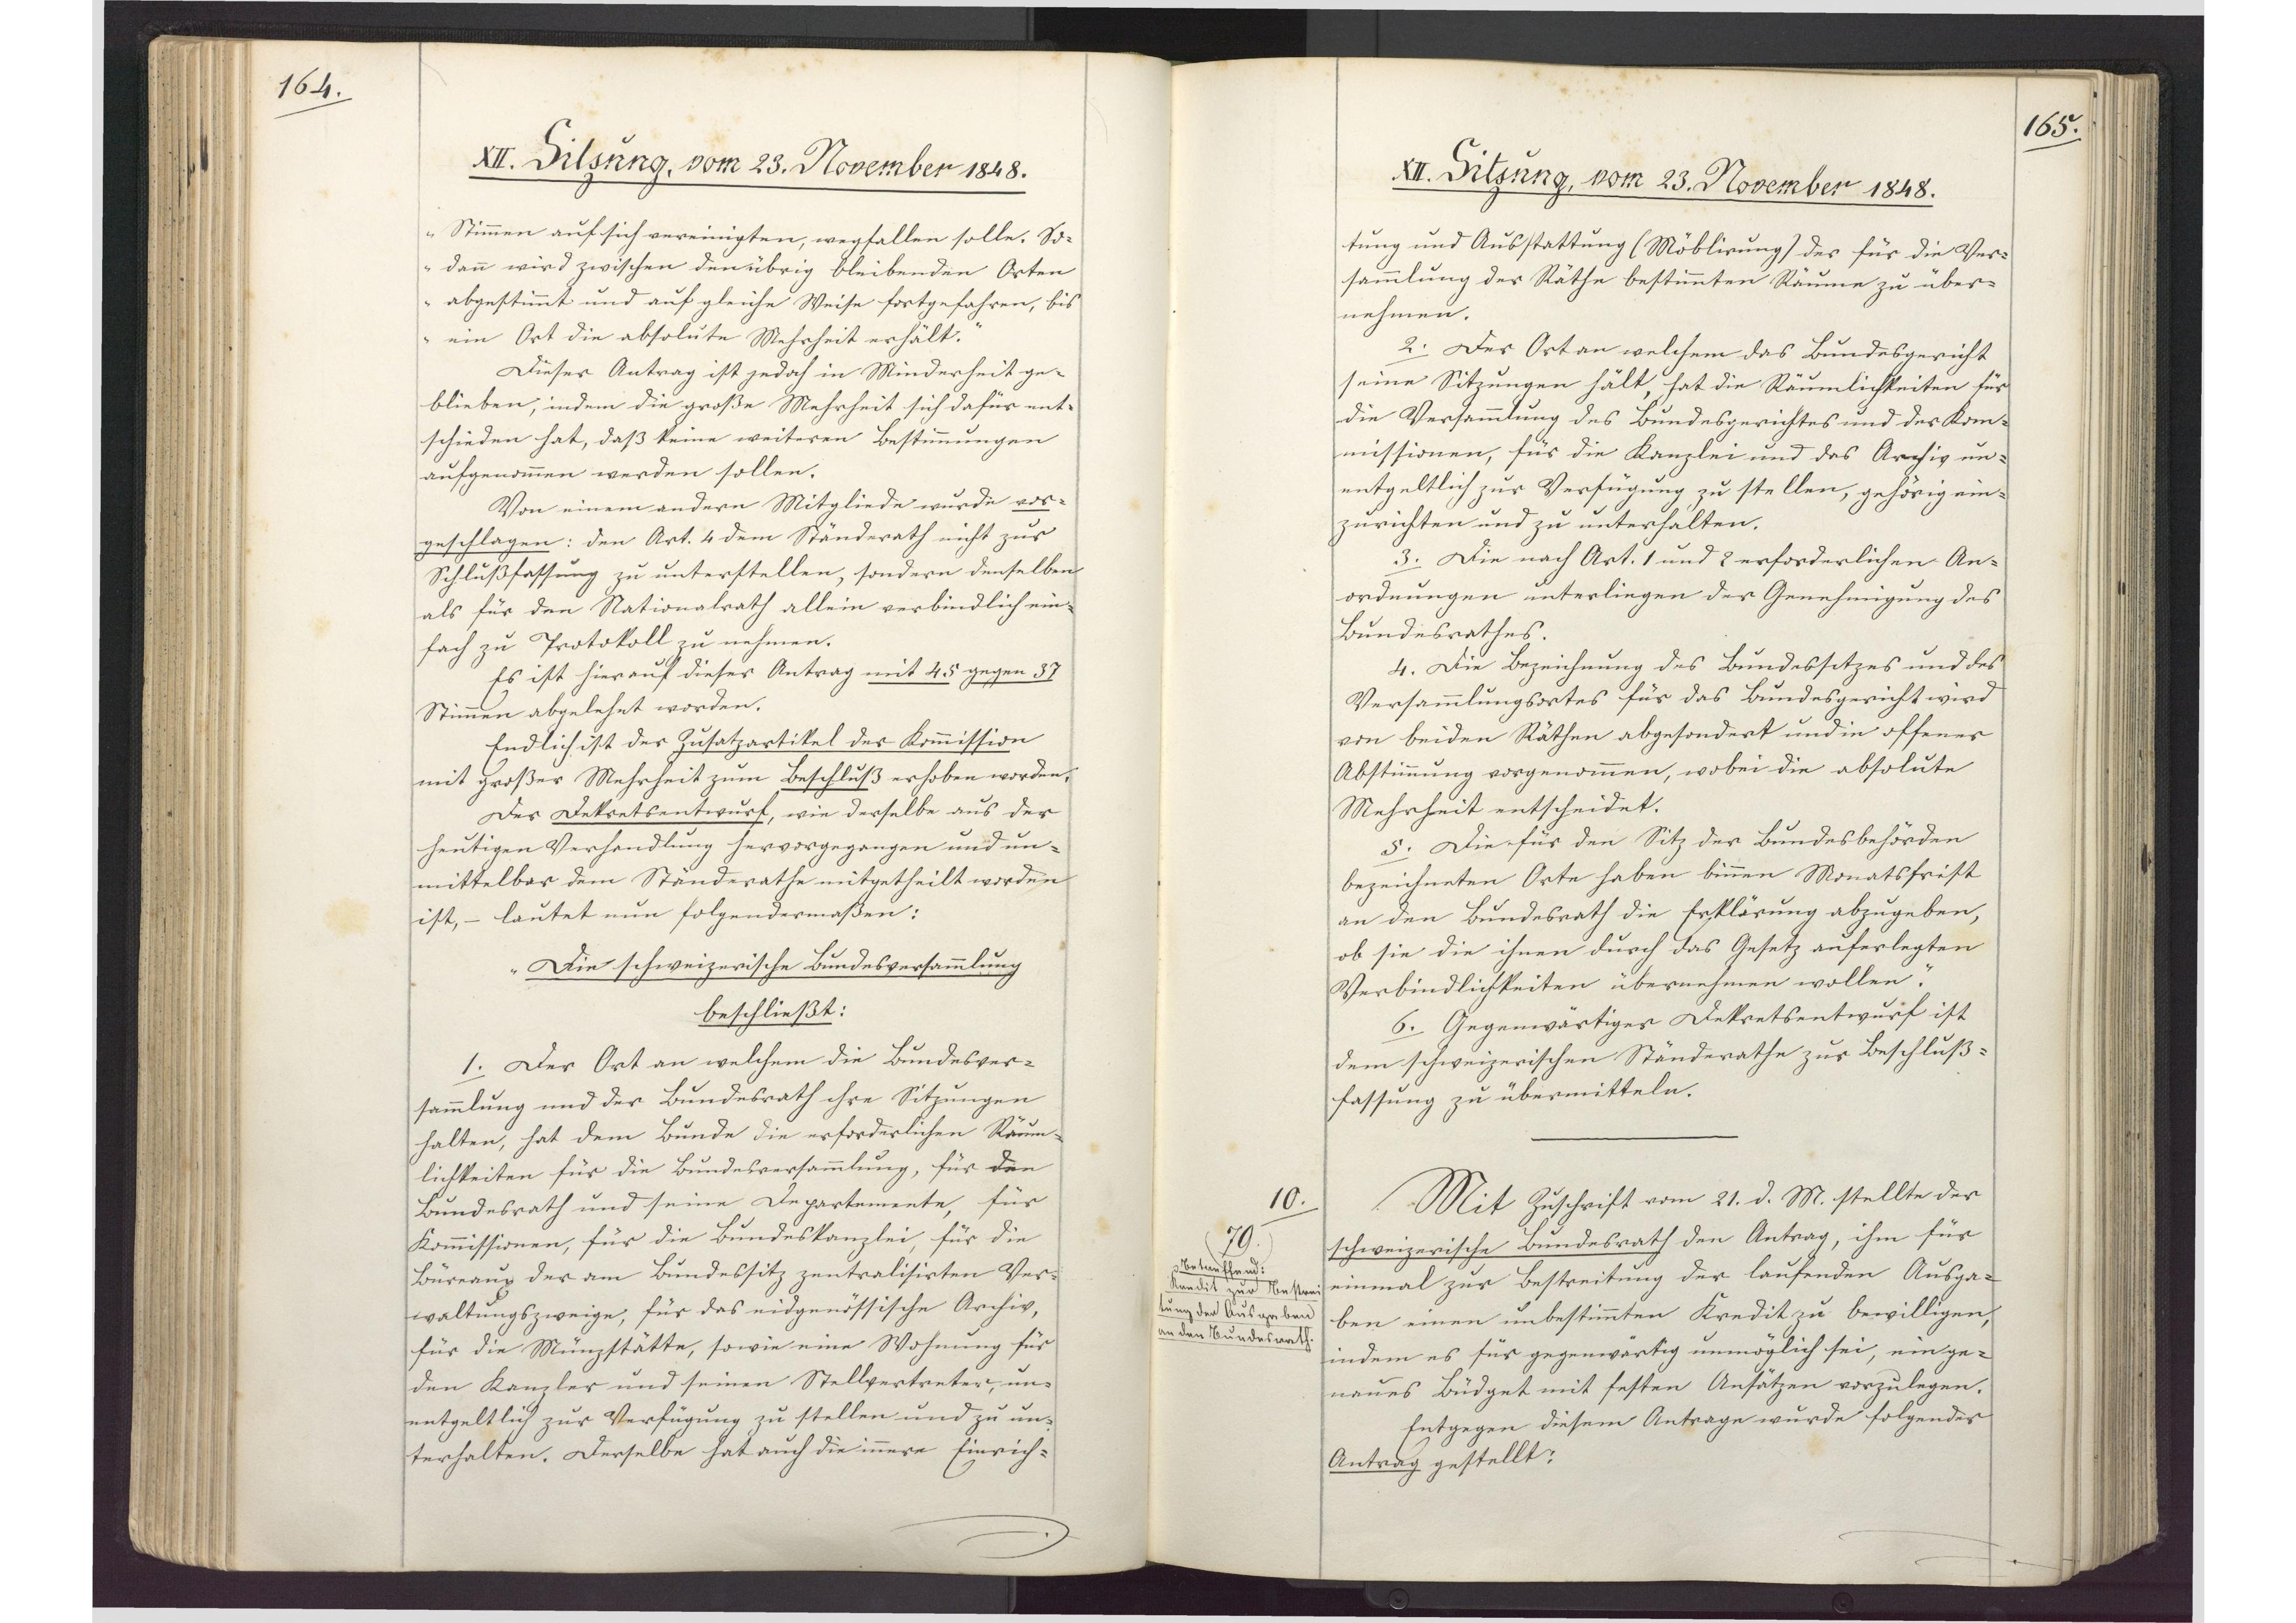
164.

XII. Sitzung, vom 23. November 1848.

Stimmen auf sich vereinigten, wegfallen solle. So¬
dann wird zwischen den übrig bleibenden Orten
abgestimmt und auf gleiche Weise fortgefahren, bis
ein Ort die absolute Mehrheit erhält."
Dieser Antrag ist jedoch in Minderheit ge¬
blieben, indem die große Mehrheit sich dafür ent¬
schieden hat, daß keine weiteren Bestimmungen
aufgenommen werden sollen.
Von einem andern Mitgliede wurde vor¬
geschlagen: den Art. 4 dem Ständerath nicht zur
Schlußfassung zu unterstellen, sondern denselben
als für den Nationalrath allein verbindlich ein¬
fach zu Protokoll zu nehmen.
Es ist hierauf dieser Antrag mit 45 gegen 37
Stimmen abgelehnt worden.
Endlich ist der Zusatzartikel der Kommission
mit großer Mehrheit zum Beschluß erhoben worden,
Der Dekretsentwurf, wie derselbe aus der
heutigen Verhandlung hervorgegangen und un¬
mittelbar dem Ständerathe mitgetheilt worden
ist, - lautet nun folgendermassen:
Die schweizerische Bundesversammlung
beschließt:
1. Der Ort an welchem die Bundesver¬
sammlung und der Bundesrath ihre Sitzungen
halten, hat dem Bunde die erforderlichen Räum¬
lichkeiten für die Bundesversammlung, für den
Bundesrath und seine Departemente, für
Kommissionen, für die Bundeskanzlei, für die
Büreaux der am Bundessitz zentralisirten Ver¬
waltungszweige, für das eidgenössische Archiv,
für die Münzstätte, sowie eine Wohnung für
den Kanzler und seinen Stellvertreter, un¬
entgeltlich zur Verfügung zu stellen und zu un¬
terhalten. Derselbe hat auch die innere Einrich¬

165.

XII. Sitzung, vom 23. November 1848.

tung und Ausstattung (Möblirung) des für die Ver¬
sammlung der Räthe bestimmten Räume zu über¬
nehmen.
2. Der Ort an welchem das Bundesgericht
seine Sitzungen hält, hat die Räumlichkeiten für
die Versammlung des Bundesgerichtes und der Kom¬
missionen, für die Kanzlei und das Archiv un¬
entgeltlich zur Verfügung zu stellen, gehörig ein¬
zurichten und zu unterhalten.
3. Die nach Art. 1 und 2 erforderlichen An¬
ordnungen unterliegen der Genehmigung des
Bundesrathes.
4. Die Bezeichnung des Bundessitzes und des
Versammlungsortes für das Bundesgericht wird
von beiden Räthen abgesondert und in offener
Abstimmung vorgenommen, wobei die absolute
Mehrheit entscheidet.
5. Die für den Sitz der Bundesbehörden
bezeichneten Orte haben binnen Monatsfrist
an den Bundesrath die Erklärung abzugeben,
ob sie die ihnen durch das Gesetz auferlegten
Verbindlichkeiten übernehmen wollen.
6. Gegenwärtiger Dekretsentwurf ist
dem schweizerischen Ständerathe zur Beschluß¬
fassung zu übermitteln.
Mit Zuschrift vom 21. d. M. stellte der
schweizerische Bundesrath den Antrag, ihm für
einmal zur Bestreitung der laufenden Ausga¬
ben einen unbestimmten Kredit zu bewilligen,
indem es für gegenwärtig unmöglich sei, ein ge¬
naues Büdget mit festen Ansätzen vorzulegen.
Entgegen diesem Antrage wurde folgender
Antrag gestellt:

10.
79
Betreffend:
Kredit zur Bestrei¬
tung der Ausgaben
an den Bundesrath.